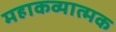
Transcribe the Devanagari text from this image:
महाकव्यात्मक